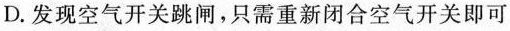
D. 发现空气开关跳闸，只需重新闭合空气开关即可